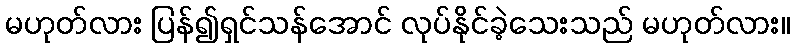
မဟုတ်လား ပြန်၍ရှင်သန်အောင် လုပ်နိုင်ခဲ့သေးသည် မဟုတ်လား။